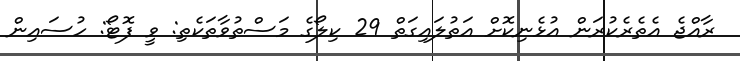
ރާއްޖެ އެތެރެކުރަން އުޅެނިކޮށް އަތުލައިގަތް 29 ކިލޯގެ މަސްތުވާތަކެތި: ވީ ފޮޓޯ: ހުސައިން